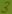
Text: 3